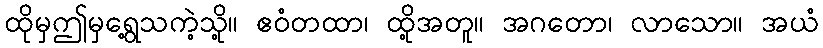
ထိုမှဤမှရွေ့သကဲ့သို့။ ဧဝံတထာ၊ ထို့အတူ။ အဂတော၊ လာသော။ အယံ